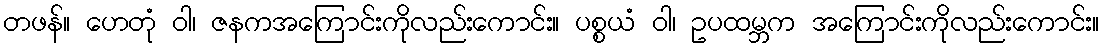
တဖန်။ ဟေတုံ ဝါ၊ ဇနကအကြောင်းကိုလည်းကောင်း။ ပစ္စယံ ဝါ၊ ဥပထမ္ဘက အကြောင်းကိုလည်းကောင်း။